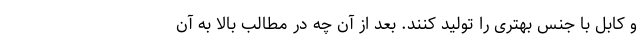
و کابل با جنس بهتری را تولید کنند. بعد از آن چه در مطالب بالا به آن